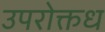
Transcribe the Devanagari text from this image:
उपरोक्तध